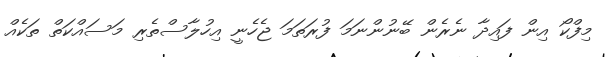
މިފްކޯ އިން ފައިދާ ނެެރެން ބޭނުންނަމަ ފުރަތަމަ ޖެހެނީ އިހުލާސްތެރި މަސައްކަތް ތަކެއް